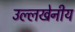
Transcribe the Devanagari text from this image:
उल्‍लखेनीय